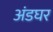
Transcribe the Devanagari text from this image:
अंडघर